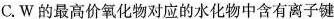
C.W的最高价氧化物对应的水化物中含有离子键